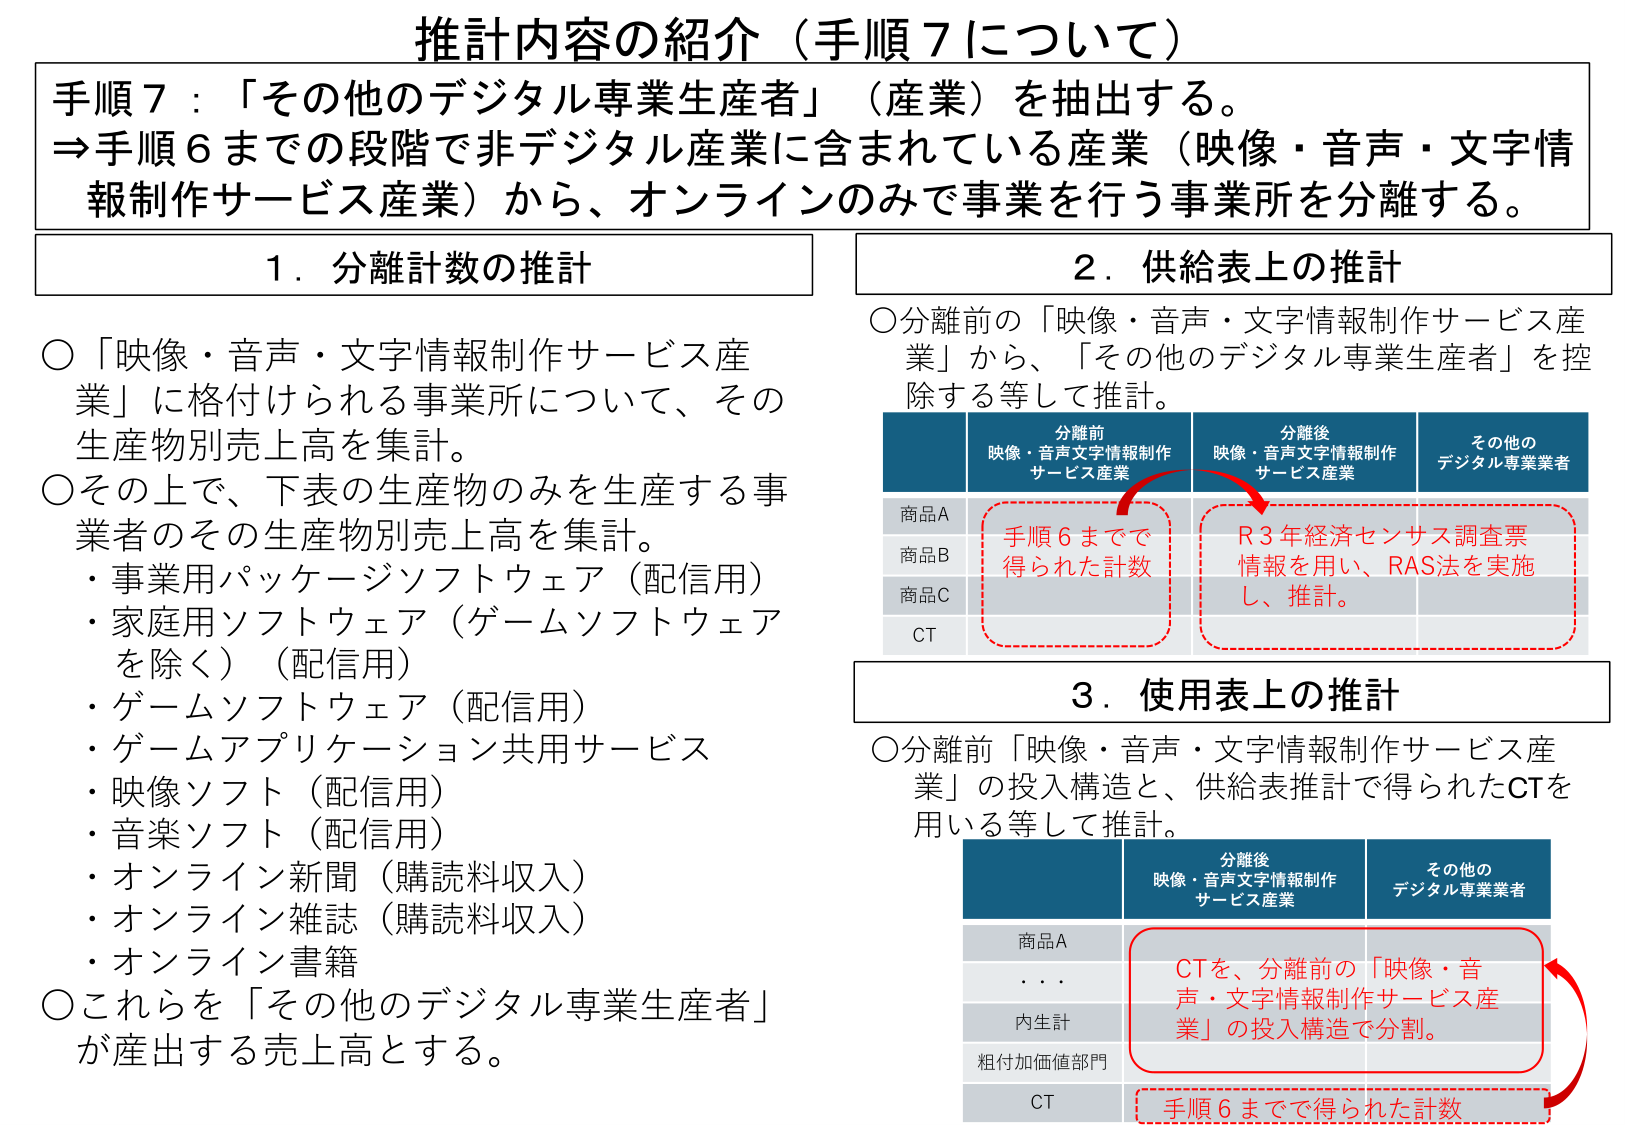
推計内容の紹介（手順７について）

手順７：「その他のデジタル専業生産者」（産業）を抽出する。
⇒手順６までの段階で非デジタル産業に含まれている産業（映像・音声・文字情報制作サービス産業）から、オンラインのみで事業を行う事業所を分離する。

１．分離計数の推計
○「映像・音声・文字情報制作サービス産業」に格付けられる事業所について、その生産物別売上高を集計。
○その上で、下表の生産物のみを生産する事業者のその生産物別売上高を集計。
・事業用パッケージソフトウェア（配信用）
・家庭用ソフトウェア（ゲームソフトウェアを除く）（配信用）
・ゲームソフトウェア（配信用）
・ゲームアプリケーション共用サービス
・映像ソフト（配信用）
・音楽ソフト（配信用）
・オンライン新聞（購読料収入）
・オンライン雑誌（購読料収入）
・オンライン書籍
○これらを「その他のデジタル専業生産者」が産出する売上高とする。

２．供給表上の推計
○分離前の「映像・音声・文字情報制作サービス産業」から、「その他のデジタル専業生産者」を控除する等して推計。

分離前
映像・音声文字情報制作
サービス産業

分離後
映像・音声文字情報制作
サービス産業

その他の
デジタル専業業者

商品A
手順６までで
得られた計数

商品B

商品C

CT
R3年経済センサス調査票
情報を用い、RAS法を実施
し、推計。

３．使用表上の推計
○分離前「映像・音声・文字情報制作サービス産業」の投入構造と、供給表推計で得られたCTを用いる等して推計。

分離後
映像・音声文字情報制作
サービス産業

その他の
デジタル専業業者

商品A
CTを、分離前の「映像・音声・文字情報制作サービス産業」の投入構造で分割。

・・・・

内生計

粗付加価値部門

CT
手順６までで得られた計数